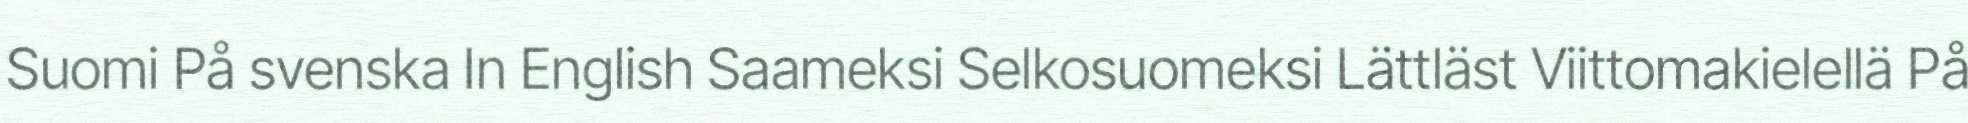
Suomi På svenska In English Saameksi Selkosuomeksi Lättläst Viittomakielellä På